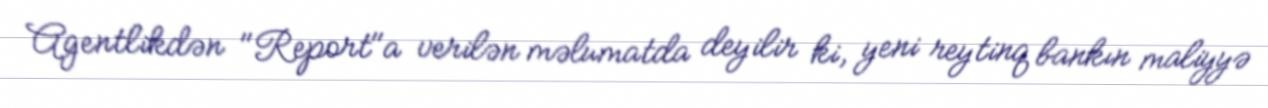
Agentlikdən "Report"a verilən məlumatda deyilir ki, yeni reytinq bankın maliyyə